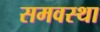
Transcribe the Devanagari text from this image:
समवस्था